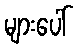
များပေါ်